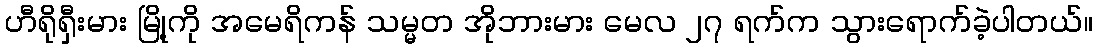
ဟီရိုရှီးမား မြို့ကို အမေရိကန် သမ္မတ အိုဘားမား မေလ ၂၇ ရက်က သွားရောက်ခဲ့ပါတယ်။